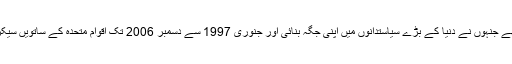
کوفی عنان وہ پہلے افریقی سیاہ فارم تھے جنہوں نے دنیا کے بڑے سیاستدانوں میں اپنی جگہ بنائی اور جنوری 1997 سے دسمبر 2006 تک اقوام متحدہ کے ساتویں سیکریٹری جنرل کے عہدے پر فائز رہے۔